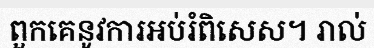
ពួកគេនូវការអប់រំពិសេស។ រាល់